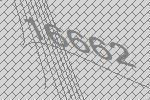
16662